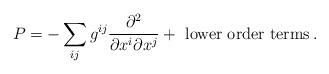
LaTeX: \begin{align*}P = -\sum_{ij} g^{ij} \frac{\partial^2}{\partial x^i\partial x^j} + \mbox{ lower order terms} \,.\end{align*}